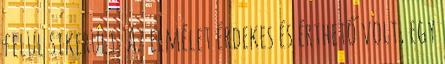
felül sikerült. Az elmélet érdekes és érthető volt, egy